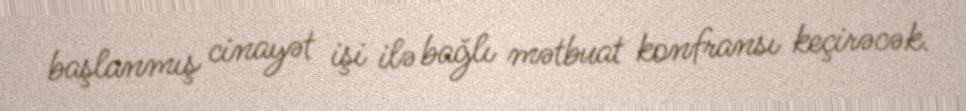
başlanmış cinayət işi ilə bağlı mətbuat konfransı keçirəcək.